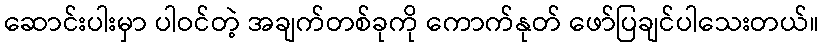
ဆောင်းပါးမှာ ပါဝင်တဲ့ အချက်တစ်ခုကို ကောက်နုတ် ဖော်ပြချင်ပါသေးတယ်။